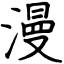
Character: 漫